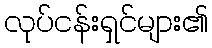
လုပ်ငန်းရှင်များ၏